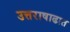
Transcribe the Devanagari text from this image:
उत्तराषाढात